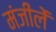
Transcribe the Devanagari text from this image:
मंजीलें